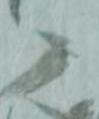
ニ